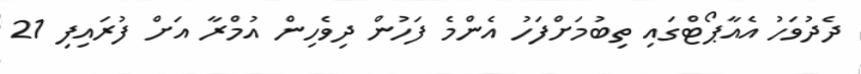
ދެދުވަހު އެއާޕޯޓްގައި ތިބުމަށްފަހު އެންމެ ފަހުން ދިވެހިން އުމްރާ އަށް ފުރައިފި 21